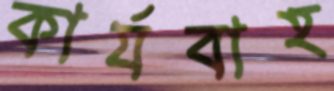
কার্যবাহ